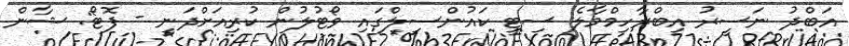
އަބްދު ނަސީރު އިބްރާހިމްމާލެ ސިޓީ ކައުންސިލްގައި ވޯޓުލުން ކުރިއަށްދަނީ - ފޮޓޯ: ޝާން